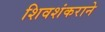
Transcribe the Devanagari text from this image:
शिवशंकराने